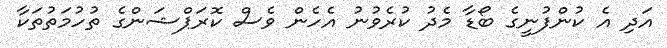
އަދި އެ ކުންފުނީގެ ބޯޑާ މެދު ކުރެވުނު އެހެން ވެސް ކޮރަޕްޝަންގެ ތުހުމަތުތަކާ